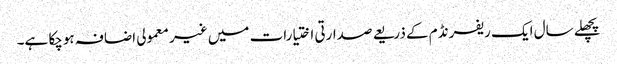
پچھلے سال ایک ریفرنڈم کے ذریعے صدارتی اختیارات میں غیر معمولی اضافہ ہوچکا ہے۔